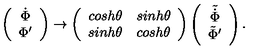
\left( \begin{array} { c } { \dot { \Phi } } \\ { \Phi ^ { \prime } } \\ \end{array} \right) \rightarrow \left( \begin{array} { c c } { c o s h \theta } & { s i n h \theta } \\ { s i n h \theta } & { c o s h \theta } \\ \end{array} \right) \left( \begin{array} { c } { \tilde { \dot { \Phi } } } \\ { \tilde { \Phi } ^ { \prime } } \\ \end{array} \right) .